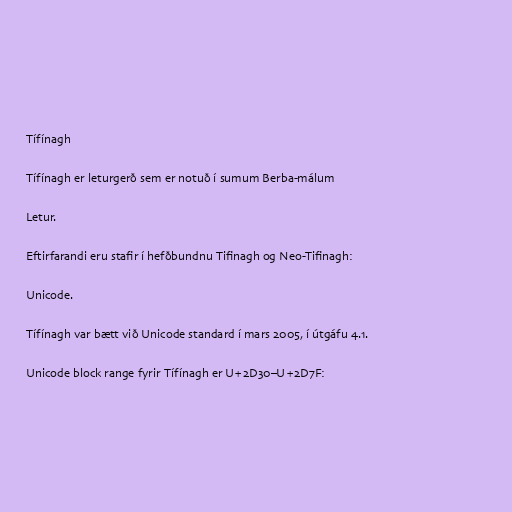
Tífínagh

Tífínagh er leturgerð sem er notuð í sumum Berba-málum

Letur.

Eftirfarandi eru stafir í hefðbundnu Tifinagh og Neo-Tifinagh:

Unicode.

Tífínagh var bætt við Unicode standard í mars 2005, í útgáfu 4.1.

Unicode block range fyrir Tífínagh er U+2D30–U+2D7F: